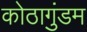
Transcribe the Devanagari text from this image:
कोठागुंडम